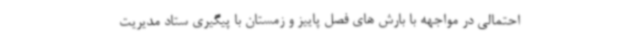
احتمالی در مواجهه با بارش های فصل پاییز و زمستان با پیگیری ستاد مدیریت